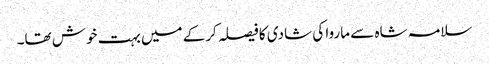
سلامہ شاہ سے ماروا کی شادی کا فیصلہ کرکے میں بہت خوش تھا۔